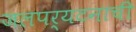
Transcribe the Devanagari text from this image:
जलपर्यटनाची